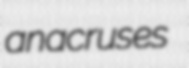
anacruses